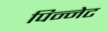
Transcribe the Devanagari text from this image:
पिन्नेट